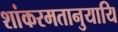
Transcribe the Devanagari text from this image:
शांकरमतानुयायि